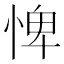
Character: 𢛞